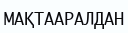
МАҚТААРАЛДАН